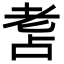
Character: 𦒾